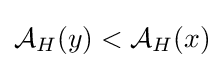
{\mathcal {A}}_{H}(y)<{\mathcal {A}}_{H}(x)